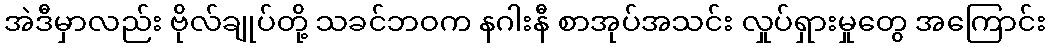
အဲဒီမှာလည်း ဗိုလ်ချုပ်တို့ သခင်ဘဝက နဂါးနီ စာအုပ်အသင်း လှုပ်ရှားမှုတွေ အကြောင်း